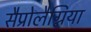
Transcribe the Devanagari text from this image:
सैप्रोलैग्निया